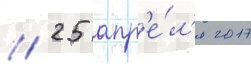
// 25 апр'е́л'я 2017